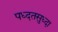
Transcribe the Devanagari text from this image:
पध्दतसुध्दा